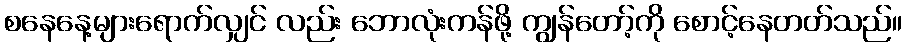
စနေနေ့များရောက်လျှင် လည်း ဘောလုံးကန်ဖို့ ကျွန်တော့်ကို စောင့်နေတတ်သည်။